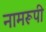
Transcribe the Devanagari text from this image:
नामरूपी